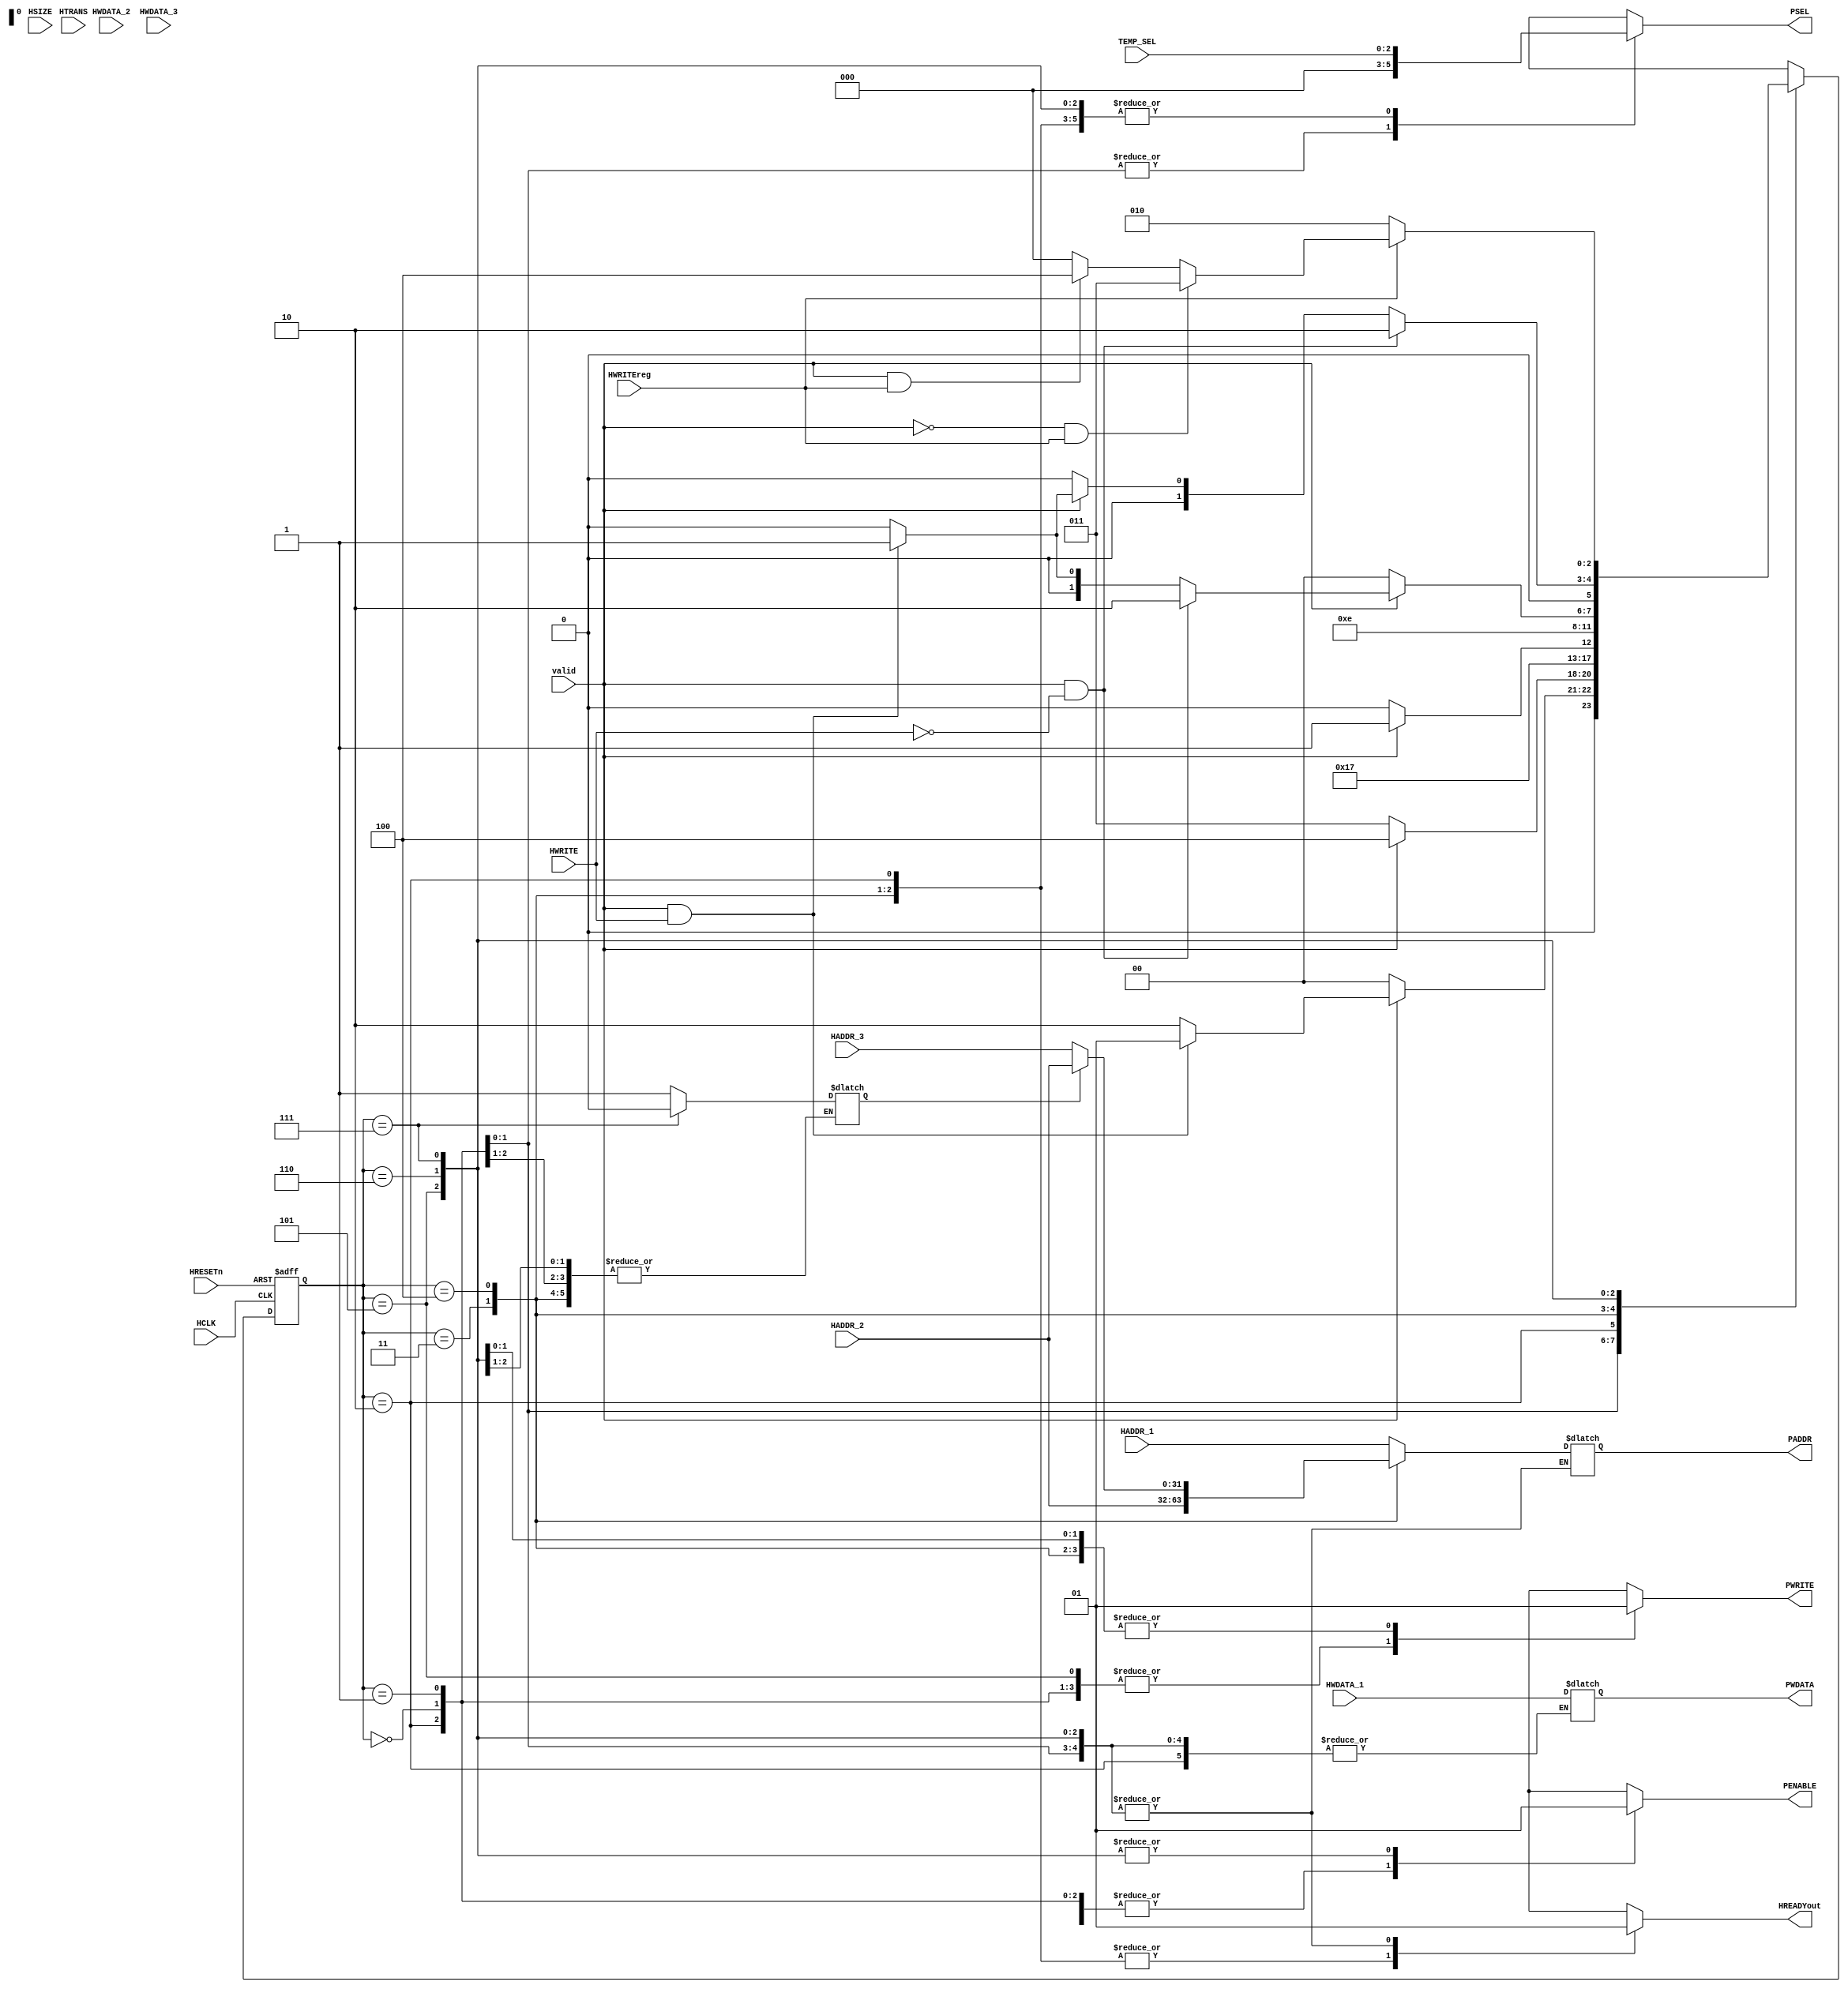
module fsm(HADDR_1,HADDR_2,HADDR_3,HWDATA_1,HWDATA_2,HWDATA_3,HWRITE,HWRITEreg,HSIZE,
           TEMP_SEL,valid,PADDR,PWDATA,PSEL,PWRITE,PENABLE,HCLK,HRESETn,HTRANS,HREADYout);

input	[31:0]HADDR_1,
	      HADDR_2,
	      HADDR_3,

	      HWDATA_1,
	      HWDATA_2,
	      HWDATA_3;

input	[1:0]HTRANS;
input	[2:0]HSIZE,
	     TEMP_SEL;

input	HRESETn,
	HCLK,
	valid,
	HWRITE,
	HWRITEreg;


output reg	[31:0]PADDR,
		      PWDATA;
output reg	[2:0]PSEL;
output reg	PWRITE,
		PENABLE,
		HREADYout;

reg [2:0]STATE,NX_STATE;
reg tmp;


parameter	ST_IDLE=3'b000,
		ST_WWAIT=3'b001,
		ST_READ=3'b010,
		ST_WRITE=3'b011,
		ST_WRITEP=3'b100,
		ST_RENABLE=3'b101,
		ST_WENABLE=3'b110,
		ST_WENABLEP=3'b111;


always@(posedge HCLK, negedge HRESETn)
begin
  if(~HRESETn)
    STATE<=ST_IDLE;
  else
    STATE<=NX_STATE;
end



always@(*)
 begin

      NX_STATE=ST_IDLE;
	PSEL = 0;
	PENABLE = 0;
	HREADYout = 0;
        PWRITE = 0;
	case(STATE)

         ST_IDLE:begin
	          PSEL=0;
		  PENABLE=0;
		  HREADYout=1'b1;

		  if(~valid)
		    NX_STATE=ST_IDLE;
		  else if(valid && HWRITE)
		    NX_STATE=ST_WWAIT;
		  else 
		    NX_STATE=ST_READ;
		end

	 ST_WWAIT:begin
		  
		  HREADYout=1'b1;
	//	  PSEL=0;
		  PENABLE=0;
                  tmp=1;

		  if(~valid)
		    NX_STATE=ST_WRITE;
		  else if(valid)
		    NX_STATE=ST_WRITEP;
		end


	ST_READ: begin
		 PSEL=TEMP_SEL;
		 PENABLE=1'b0;
		 PADDR=HADDR_1;
		 PWRITE=1'b0;
		HREADYout=1'b0;
		 
		 NX_STATE=ST_RENABLE;
		end


	ST_WRITE:begin
		 PSEL=TEMP_SEL;
		 PADDR=HADDR_2;
		 PWRITE=1'b1;
		 PWDATA=HWDATA_1;
		 PENABLE=1'b0;
		  if(~valid)
		      NX_STATE=ST_WENABLE;
		  else if(valid)
		      NX_STATE=ST_WENABLEP;
		 end


	ST_WRITEP: begin
		//	if()
		//	   PADDR=HADDR_2;
		//	else
			if(tmp == 1)
			PADDR=HADDR_2;
			else
			PADDR=HADDR_3;
			PSEL=TEMP_SEL;
			PENABLE=1'b0;
			PWRITE=1'b1;
			PWDATA=HWDATA_1;
		HREADYout=1'b0;

			NX_STATE=ST_WENABLEP;
                    end


	ST_RENABLE: begin
		     PENABLE=1'b1;
		     PSEL=TEMP_SEL;
		     PWRITE=1'b0;
		     HREADYout=1'b1;

		      if(~valid)
			NX_STATE=ST_IDLE;
		      else if(valid && ~HWRITE)
			NX_STATE=ST_READ;
		      else if(valid && HWRITE)
			NX_STATE=ST_WWAIT;
		   end

	ST_WENABLE: begin
		      PENABLE=1'b1;
		      PSEL=TEMP_SEL;
		      PWRITE=1'b1;
		      HREADYout=1'b1;

			if(valid && ~HWRITE)
			NX_STATE=ST_READ;
		      else if(~valid)
			NX_STATE=ST_IDLE;
		      else if(valid && HWRITE)
			NX_STATE=ST_WWAIT;
		    end

	ST_WENABLEP: begin
			tmp=0;
		       PSEL=TEMP_SEL;
		       PENABLE=1'b1;
		       PWRITE=1'b1;
		       HREADYout=1'b1;
		//	PADDR=HADDR_3;
		//	PWDATA=HWDATA_3;
		//HREADYout=1'b0;

		       
		       if(~HWRITEreg)
			NX_STATE=ST_READ;
		       else if(~valid && HWRITEreg)
			NX_STATE=ST_WRITE;
		       else if(valid && HWRITEreg)
			NX_STATE=ST_WRITEP;
		     end
		 default:NX_STATE=ST_IDLE;
		endcase
             end
          
endmodule